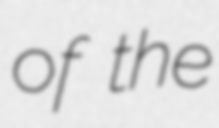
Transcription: of the